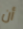
أن